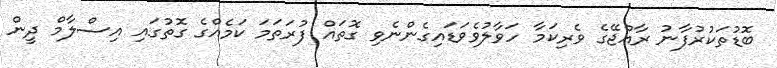
ބޮޑުތަކުރުފާނު ރާއްޖޭގެ ވެރިކަމާ ހަވާލުވެވަޑައިގެންނެވި ގޮތައް ފުރަތަމަ ކަމެއްގެ ގޮތުގައި އިސްލާމް ދީން